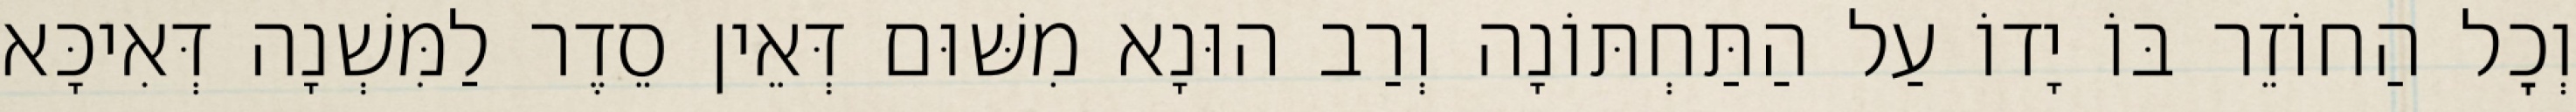
וְכׇל הַחוֹזֵר בּוֹ יָדוֹ עַל הַתַּחְתּוֹנָה וְרַב הוּנָא מִשּׁוּם דְּאֵין סֵדֶר לַמִּשְׁנָה דְּאִיכָּא